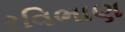
રવિભાણ